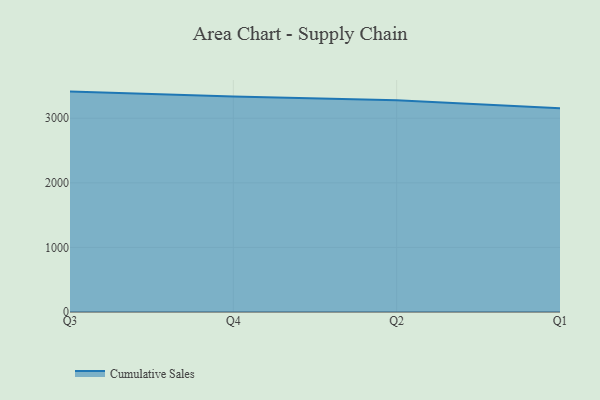
{"axis": {"x": "Quarter", "y": "Revenue (USD Million)"}, "legend": ["Cumulative Sales"], "data": [{"x": "Q3", "y": 3412.2, "type": "Cumulative Sales"}, {"x": "Q4", "y": 3335.3, "type": "Cumulative Sales"}, {"x": "Q2", "y": 3278.2, "type": "Cumulative Sales"}, {"x": "Q1", "y": 3153.4, "type": "Cumulative Sales"}]}